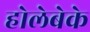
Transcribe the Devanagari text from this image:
होलेबेके